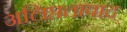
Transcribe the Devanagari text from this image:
अलिप्ततावाद